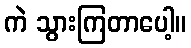
ကဲ သွားကြတာပေါ့။